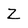
Character: Z